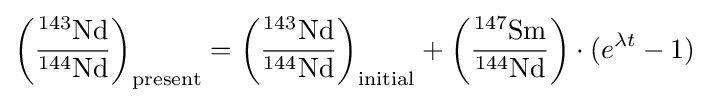
\left({\frac {{}^{143}\mathrm {Nd} }{{}^{144}\mathrm {Nd} }}\right)_{\mathrm {present} }=\left({\frac {{}^{143}\mathrm {Nd} }{{}^{144}\mathrm {Nd} }}\right)_{\mathrm {initial} }+\left({\frac {{}^{147}\mathrm {Sm} }{{}^{144}\mathrm {Nd} }}\right)\cdot (e^{\lambda t}-1)